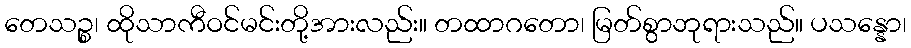
တေသဉ္စ၊ ထိုသာကီဝင်မင်းတို့အားလည်း။ တထာဂတော၊ မြတ်စွာဘုရားသည်။ ပသန္နော၊